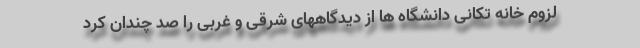
لزوم خانه تکانی دانشگاه ها از دیدگاههای شرقی و غربی را صد چندان کرد